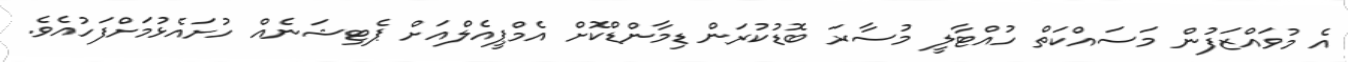
އެ މުވައްޒަފުން މަސައްކަތް ހުއްޓާލީ މުސާރަ ބޮޑުކުރަން ޑިމާންޑްކޮށް އެމްޕީއެލްއަށް ޕެޓިޝަނެއް ހުށައެޅުމަށްފަހުއެވެ.